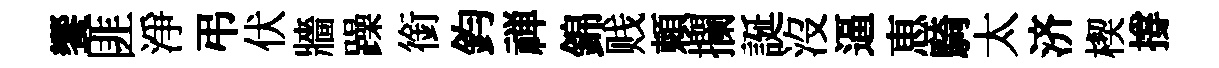
饗匪淨弔伏牆躁銜鈞禅錦贱頼攔誕沒逼恵騎太济楔撐